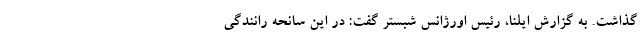
گذاشت. به گزارش ایلنا، رئیس اورژانس شبستر گفت: در این سانحه رانندگی